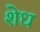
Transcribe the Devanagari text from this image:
शेध